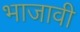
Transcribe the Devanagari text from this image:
भाजावी